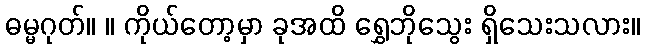
ဓမ္မဂုတ်။ ။ ကိုယ်တော့မှာ ခုအထိ ရွှေဘိုသွေး ရှိသေးသလား။